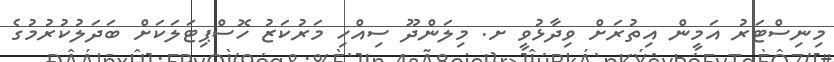
މިނިސްޓަރު އަމީން އިތުރަށް ވިދާޅުވީ ށ. މިލަންދޫ ސިއްހި މަރުކަޒު ހޮސްޕިޓަލަކަށް ބަދަލުކުރުމުގެ